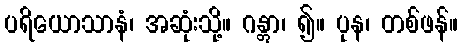
ပရိယောသာနံ၊ အဆုံးသို့။ ဂန္တွာ၊ ၍။ ပုန၊ တစ်ဖန်။